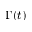
\Gamma ( t )